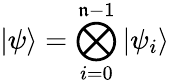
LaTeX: |\psi\rangle=\bigotimes_{i=0}^{\mathfrak{n}-1}|\psi_{i}\rangle